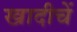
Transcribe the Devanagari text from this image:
खादीचें